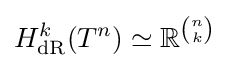
H_{\mathrm {dR} }^{k}(T^{n})\simeq \mathbb {R} ^{n \choose k}